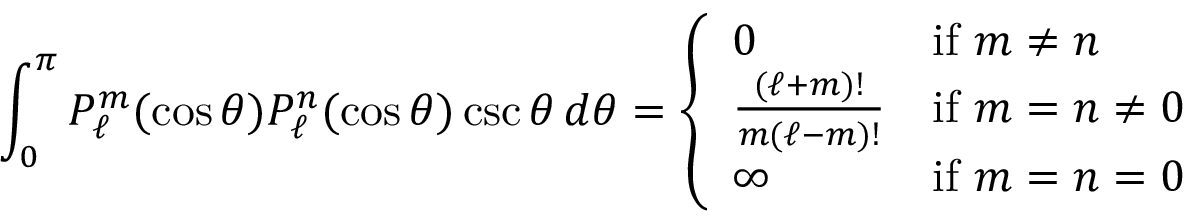
\int _ { 0 } ^ { \pi } P _ { \ell } ^ { m } ( \cos \theta ) P _ { \ell } ^ { n } ( \cos \theta ) \csc \theta \, d \theta = { \left\{ \begin{array} { l l } { 0 } & { { \mathrm { i f ~ } } m \neq n } \\ { { \frac { ( \ell + m ) ! } { m ( \ell - m ) ! } } } & { { \mathrm { i f ~ } } m = n \neq 0 } \\ { \infty } & { { \mathrm { i f ~ } } m = n = 0 } \end{array} \right. }